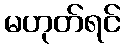
မဟုတ်ရင်